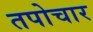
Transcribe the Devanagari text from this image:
तपोचार